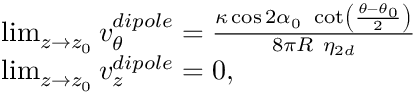
\begin{array} { r l } & { \operatorname* { l i m } _ { z \rightarrow z _ { 0 } } v _ { \theta } ^ { d i p o l e } = \frac { \kappa \cos 2 \alpha _ { 0 } ~ \cot \left( \frac { \theta - \theta _ { 0 } } { 2 } \right) } { 8 \pi R ~ \eta _ { 2 d } } } \\ & { \operatorname* { l i m } _ { z \rightarrow z _ { 0 } } v _ { z } ^ { d i p o l e } = 0 , } \end{array}